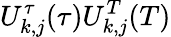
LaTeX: U_{k,j}^{\tau}(\tau)U_{k,j}^{T}(T)